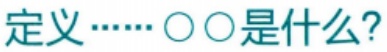
定义……〇〇是什么?